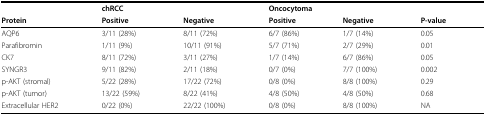
<table><thead><tr><td></td><td colspan="2"><b>chRCC</b></td><td colspan="2"><b>Oncocytoma</b></td><td></td></tr><tr><td><b>Protein</b></td><td><b>Positive</b></td><td><b>Negative</b></td><td><b>Positive</b></td><td><b>Negative</b></td><td><b>P-value</b></td></tr></thead><tbody><tr><td>AQP6</td><td>3/11 (28%)</td><td>8/11 (72%)</td><td>6/7 (86%)</td><td>1/7 (14%)</td><td>0.05</td></tr><tr><td>Parafibromin</td><td>1/11 (9%)</td><td>10/11 (91%)</td><td>5/7 (71%)</td><td>2/7 (29%)</td><td>0.01</td></tr><tr><td>CK7</td><td>8/11 (72%)</td><td>3/11 (27%)</td><td>1/7 (14%)</td><td>6/7 (86%)</td><td>0.05</td></tr><tr><td>SYNGR3</td><td>9/11 (82%)</td><td>2/11 (18%)</td><td>0/7 (0%)</td><td>7/7 (100%)</td><td>0.002</td></tr><tr><td>p-AKT (stromal)</td><td>5/22 (28%)</td><td>17/22 (72%)</td><td>0/8 (0%)</td><td>8/8 (100%)</td><td>0.29</td></tr><tr><td>p-AKT (tumor)</td><td>13/22 (59%)</td><td>8/22 (41%)</td><td>4/8 (50%)</td><td>4/8 (50%)</td><td>0.68</td></tr><tr><td>Extracellular HER2</td><td>0/22 (0%)</td><td>22/22 (100%)</td><td>0/8 (0%)</td><td>8/8 (100%)</td><td>NA</td></tr></tbody></table>